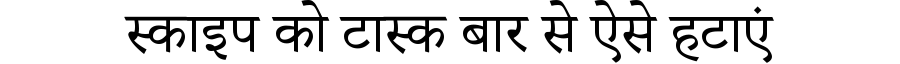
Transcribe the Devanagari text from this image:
स्काइप को टास्क बार से ऐसे हटाएं